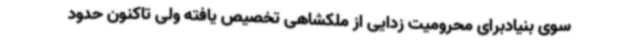
سوی بنیادبرای محرومیت زدایی از ملکشاهی تخصیص یافته ولی تاکنون حدود